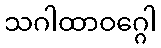
သဂါထာဝဂ္ဂေါ